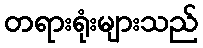
တရားရုံးများသည်